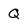
Character: Q